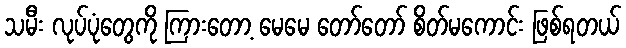
သမီး လုပ်ပုံတွေကို ကြားတော့ မေမေ တော်တော် စိတ်မကောင်း ဖြစ်ရတယ်